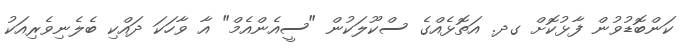
ކަންބޮޑުވުން ފާޅުކޮށް ގދ. އަތޮޅެއްގެ ސްކޫލަކުން "ސީއެންއެމް" އާ ވާހަކަ ދައްކި ބެލެނިވެރިއަކު